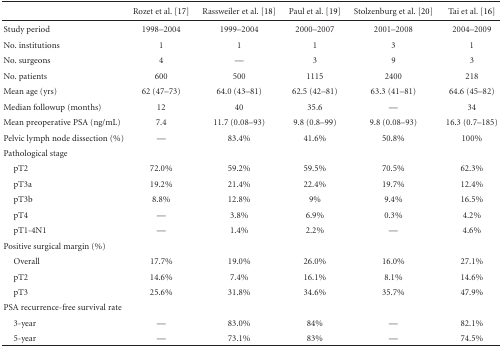
|  | Rozet et al. [17] | Rassweiler et al. [18] | Paul et al. [19] | Stolzenburg et al. [20] | Tai et al. [16] |
 | --- | --- | --- | --- | --- | --- |
 | Study period | 1998–2004 | 1999–2004 | 2000–2007 | 2001–2008 | 2004–2009 |
 | No. institutions | 1 | 1 | 1 | 3 | 1 |
 | No. surgeons | 4 | — | 3 | 9 | 3 |
 | No. patients | 600 | 500 | 1115 | 2400 | 218 |
 | Mean age (yrs) | 62 (47–73) | 64.0 (43–81) | 62.5 (42–81) | 63.3 (41–81) | 64.6 (45–82) |
 | Median followup (months) | 12 | 40 | 35.6 | — | 34 |
 | Mean preoperative PSA (ng/mL) | 7.4 | 11.7 (0.08–93) | 9.8 (0.8–99) | 9.8 (0.08–93) | 16.3 (0.7–185) |
 | Pelvic lymph node dissection (%) | — | 83.4% | 41.6% | 50.8% | 100% |
 | Pathological stage |  |  |  |  |  |
 | pT2 | 72.0% | 59.2% | 59.5% | 70.5% | 62.3% |
 | pT3a | 19.2% | 21.4% | 22.4% | 19.7% | 12.4% |
 | pT3b | 8.8% | 12.8% | 9% | 9.4% | 16.5% |
 | pT4 | — | 3.8% | 6.9% | 0.3% | 4.2% |
 | pT1-4N1 | — | 1.4% | 2.2% | — | 4.6% |
 | Positive surgical margin (%) |  |  |  |  |  |
 | Overall | 17.7% | 19.0% | 26.0% | 16.0% | 27.1% |
 | pT2 | 14.6% | 7.4% | 16.1% | 8.1% | 14.6% |
 | pT3 | 25.6% | 31.8% | 34.6% | 35.7% | 47.9% |
 | PSA recurrence-free survival rate |  |  |  |  |  |
 | 3-year | — | 83.0% | 84% | — | 82.1% |
 | 5-year | — | 73.1% | 83% | — | 74.5% |